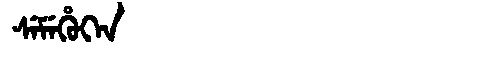
Manchu: ᠰᡝᠮᡝᡥᡠᡴᡝᠨ
Romanization: SEMEHUKEN